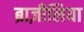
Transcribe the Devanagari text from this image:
ब्राज़ीलिया